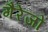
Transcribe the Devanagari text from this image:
गैरेजों